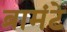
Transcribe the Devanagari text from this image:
ब्रामंटे